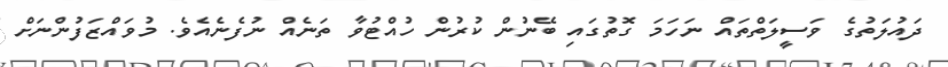
ދައުލަތުގެ ވަސީލަތްތައް ނަހަމަ ގޮތުގައި ބޭނުން ކުރުން ހުއްޓުވާ ތަނެއް ނުފެނެއެވެ. މުވައްޒަފުންނަށް